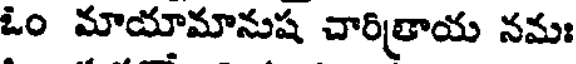
ఓం మాయామానుష చారిత్రాయ నమః